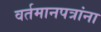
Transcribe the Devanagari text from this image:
वर्तमानपत्रांना